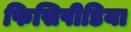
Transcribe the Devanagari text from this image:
फिसिपीडिया